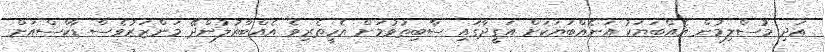
އަދި މުސްލިމުން އެއްބަޔަކު އަނެއްބަޔަކަށް އަގީދާގައި ސާބިތުވުމަށް އެހީތެރިވެ އެއްބާރުލުންދޭ މަންޒަރުވެސް ޑާކްސްއަށް